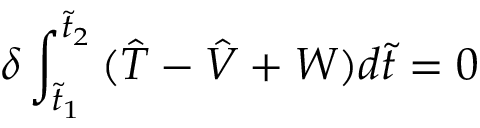
\delta \int _ { \tilde { t } _ { 1 } } ^ { \tilde { t } _ { 2 } } { ( \hat { T } - \hat { V } + W } ) d \tilde { t } = 0